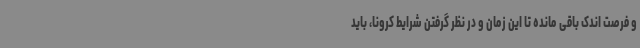
و فرصت اندک باقی مانده تا این زمان و در نظر گرفتن شرایط کرونا، باید